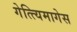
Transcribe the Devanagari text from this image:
गेत्त्यिमागेस